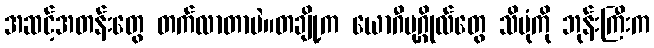
အဆင့်အတန်းတွေ တက်လာတာပဲ။တချို့က ယောဂီပုဂ္ဂိုလ်တွေ သိပုံကို ဘုန်းကြီးက